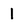
Character: 1